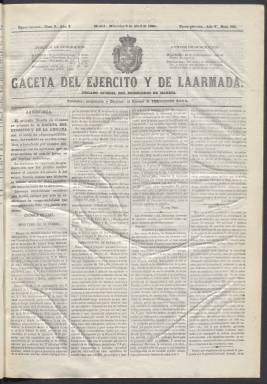
Título: Gaceta del ejército y de la armada
Otros títulos: Gaceta del ejército y armada
Colección: Fuerzas armadas
Ámbito geográfico: Madrid
Lugar de publicación: Madrid
Fechas: 05/04/1864-31/12/1865